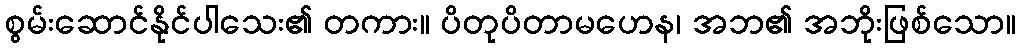
စွမ်းဆောင်နိုင်ပါသေး၏ တကား။ ပိတုပိတာမဟေန၊ အဘ၏ အဘိုးဖြစ်သော။